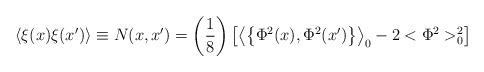
LaTeX: \begin{align*}\left\langle \xi(x)\xi(x^{\prime })\right\rangle \equiv N(x,x^{\prime})=\left( \frac 18\right) \left[ \left\langle \left\{ \Phi ^2(x),\Phi^2(x^{\prime })\right\} \right\rangle _0-2<\Phi ^2>_0^2\right]\end{align*}